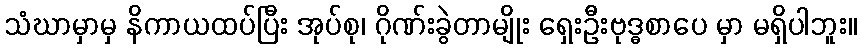
သံဃာမှာမှ နိကာယထပ်ပြီး အုပ်စု၊ ဂိုဏ်းခွဲတာမျိုး ရှေးဦးဗုဒ္ဓစာပေ မှာ မရှိပါဘူး။